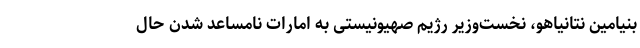
بنیامین نتانیاهو، نخست‌وزیر رژیم صهیونیستی به امارات نامساعد شدن حال